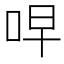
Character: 𫩭